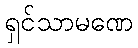
ရှင်သာမဏေ